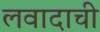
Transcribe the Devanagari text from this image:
लवादाची